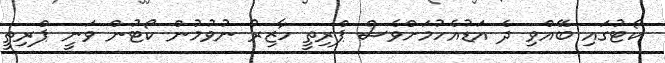
ކޯޓުގައި ބޭއްވި ދެ އަޑުއެހުމަށްވެސް ޕްރިތީ ހާޒިރު ނުވުމުން ކޯޓުން ވަނީ ޕްރިތީ